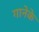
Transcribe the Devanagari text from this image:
गानेके